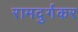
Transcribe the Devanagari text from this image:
रामदुर्गकर